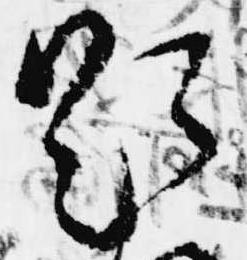
題